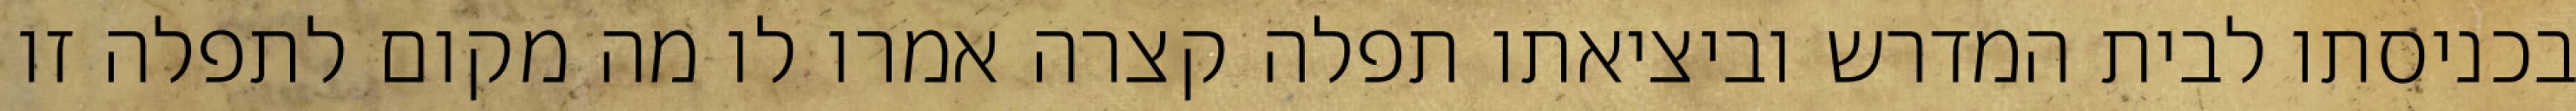
בכניסתו לבית המדרש וביציאתו תפלה קצרה אמרו לו מה מקום לתפלה זו